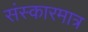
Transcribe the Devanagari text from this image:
संस्कारमात्र